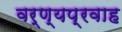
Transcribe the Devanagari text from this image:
वर्ण्यप्रवाह